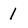
Character: 1